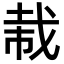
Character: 𫻭